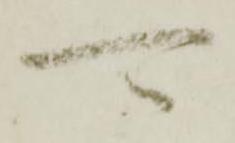
可